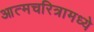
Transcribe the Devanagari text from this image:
आत्मचरित्रामध्ये